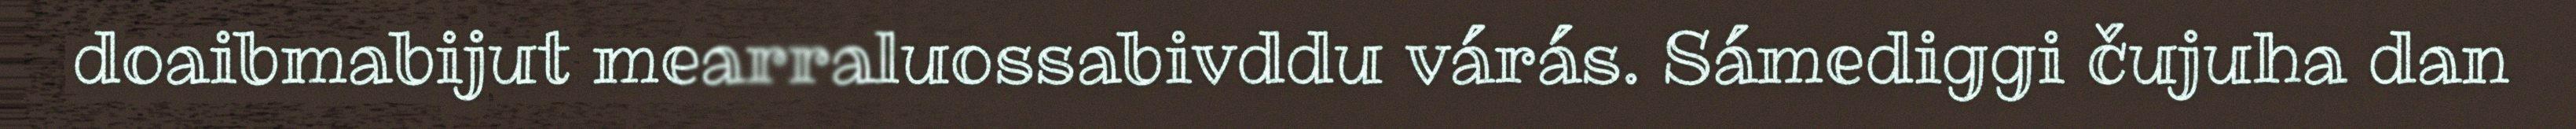
doaibmabijut mearraluossabivddu várás. Sámediggi čujuha dan